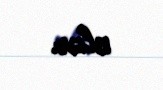
olar.